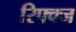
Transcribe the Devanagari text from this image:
रिफ्क्ज